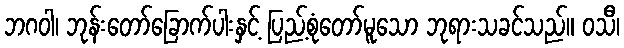
ဘဂဝါ၊ ဘုန်းတော်ခြောက်ပါးနှင့် ပြည့်စုံတော်မူသော ဘုရားသခင်သည်။ ဝသီ၊